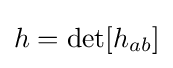
h=\det[h_{ab}]